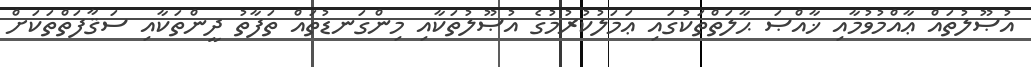
އުޞޫލުތައް ޢާއްމުވުމާއި ޚާއްޞަ ޙާލަތްތަކުގައި ޢަމަލުކުރުމުގެ އުޞޫލުތަކާއި މިންގަނޑުތައް ތަފާތު ދީންތަކާއި ސަޤާފަތްތަކަށް